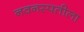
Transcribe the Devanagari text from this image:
नवनस्पतीला